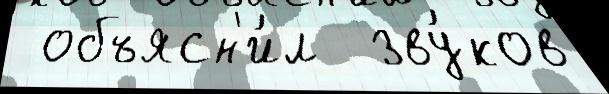
 объясн'и́л  зву́ков